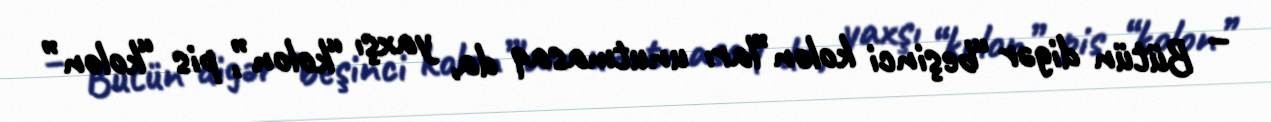
– Bütün digər “beşinci kolon”ları unutmasaq da, yaxşı “kolon”, pis “kolon”